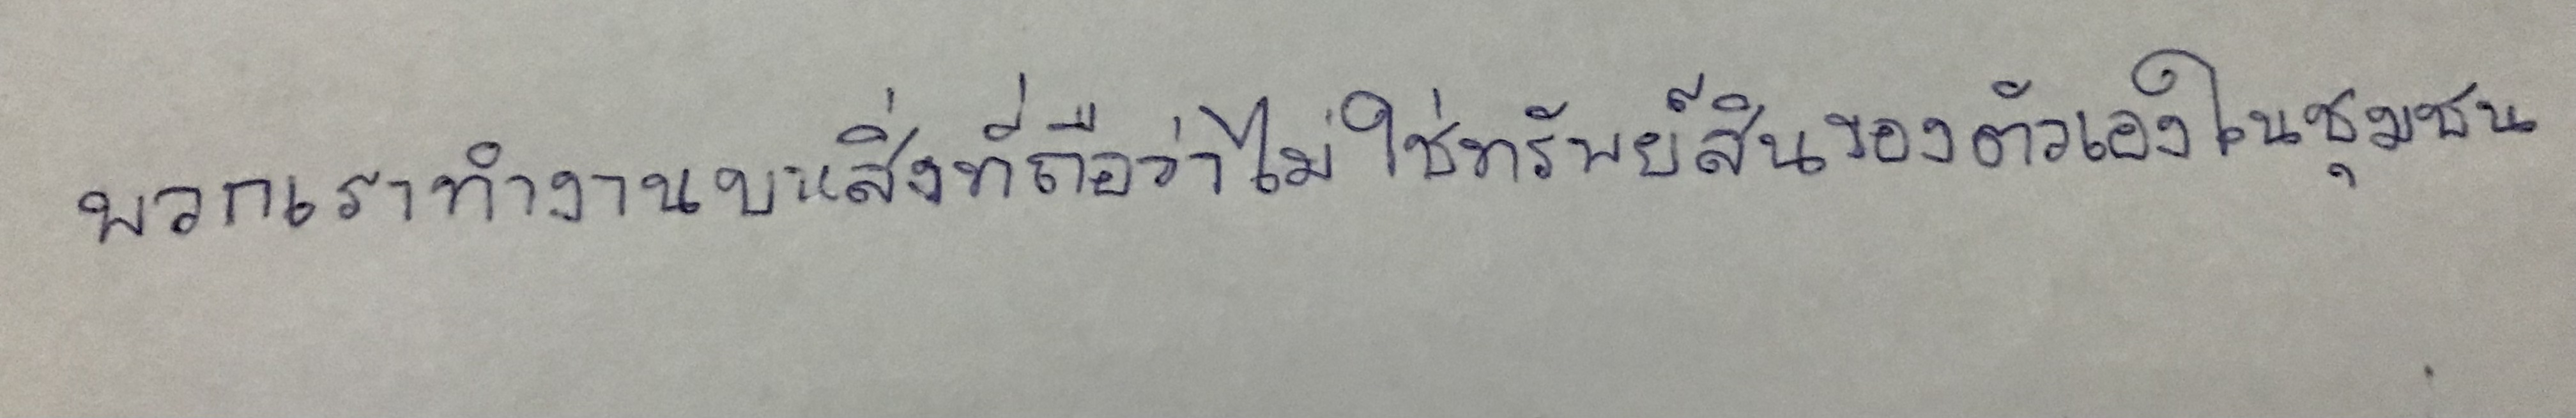
พวกเราทำงานบนสิ่งที่ถือว่าไม่ใช่ทรัพย์สินของตัวเองในชุมชน